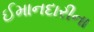
ઈમાનદારીના